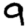
Digit: 9